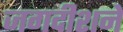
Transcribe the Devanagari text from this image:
जगदीशने